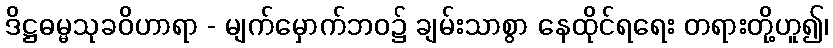
ဒိဋ္ဌဓမ္မသုခဝိဟာရာ - မျက်မှောက်ဘဝ၌ ချမ်းသာစွာ နေထိုင်ရရေး တရားတို့ဟူ၍၊